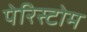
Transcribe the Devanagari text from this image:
पेरिस्टोम